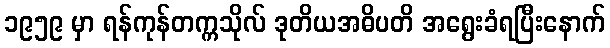
၁၉၅၉ မှာ ရန်ကုန်တက္ကသိုလ် ဒုတိယအဓိပတိ အရွေးခံရပြီးနောက်